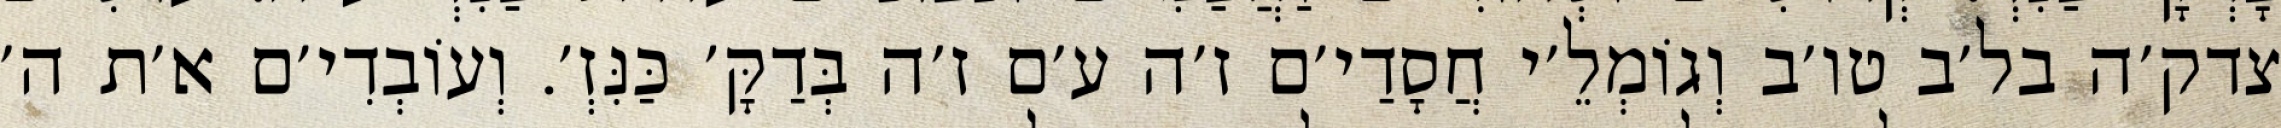
צדק׳ה בל׳ב טו׳ב וְגוֹמְלֵ׳י חֲסָדַי׳ם ז׳ה ע׳ם ז׳ה בְּדַקָּ׳ כַּנִּזְ׳. וְעוֹבְדִי׳ם א׳ת ה׳